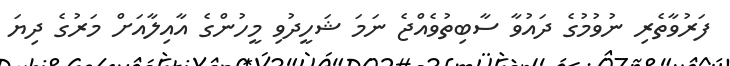
ފަރުވާތެރި ނުވުމުގެ ދައުވާ ސާބިތުވެއްޖެ ނަމަ ޝަހީދުވި މީހުންގެ އާއިލާއަށް މަރުގެ ދިޔަ